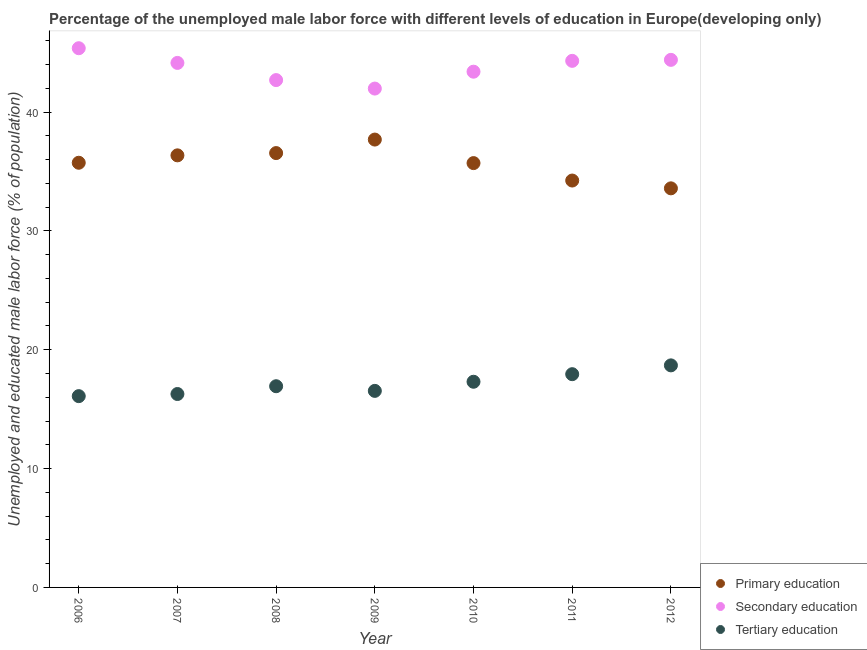
| Year | Primary education | Secondary education | Tertiary education |
 | --- | --- | --- | --- |
 | 2006 | 35.7 | 45.4 | 16.1 |
 | 2007 | 36.4 | 44.1 | 16.3 |
 | 2008 | 36.5 | 42.7 | 16.9 |
 | 2009 | 37.7 | 42 | 16.5 |
 | 2010 | 35.7 | 43.4 | 17.3 |
 | 2011 | 34.2 | 44.3 | 17.9 |
 | 2012 | 33.6 | 44.4 | 18.7 |